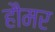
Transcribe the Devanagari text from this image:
हौमर